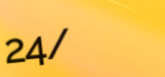
24/7